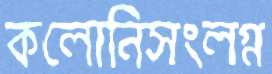
কলোনিসংলগ্ন